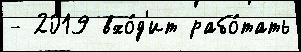
- 2019 вхо́д'ит рабо́тать